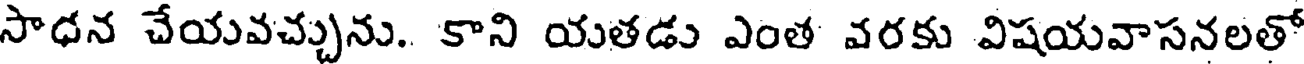
సాధన చేయవచ్చును. కాని యతడు ఎంత వరకు విషయవాసనలతో